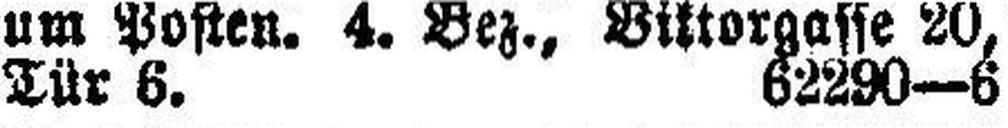
Tür 6. 62290—6